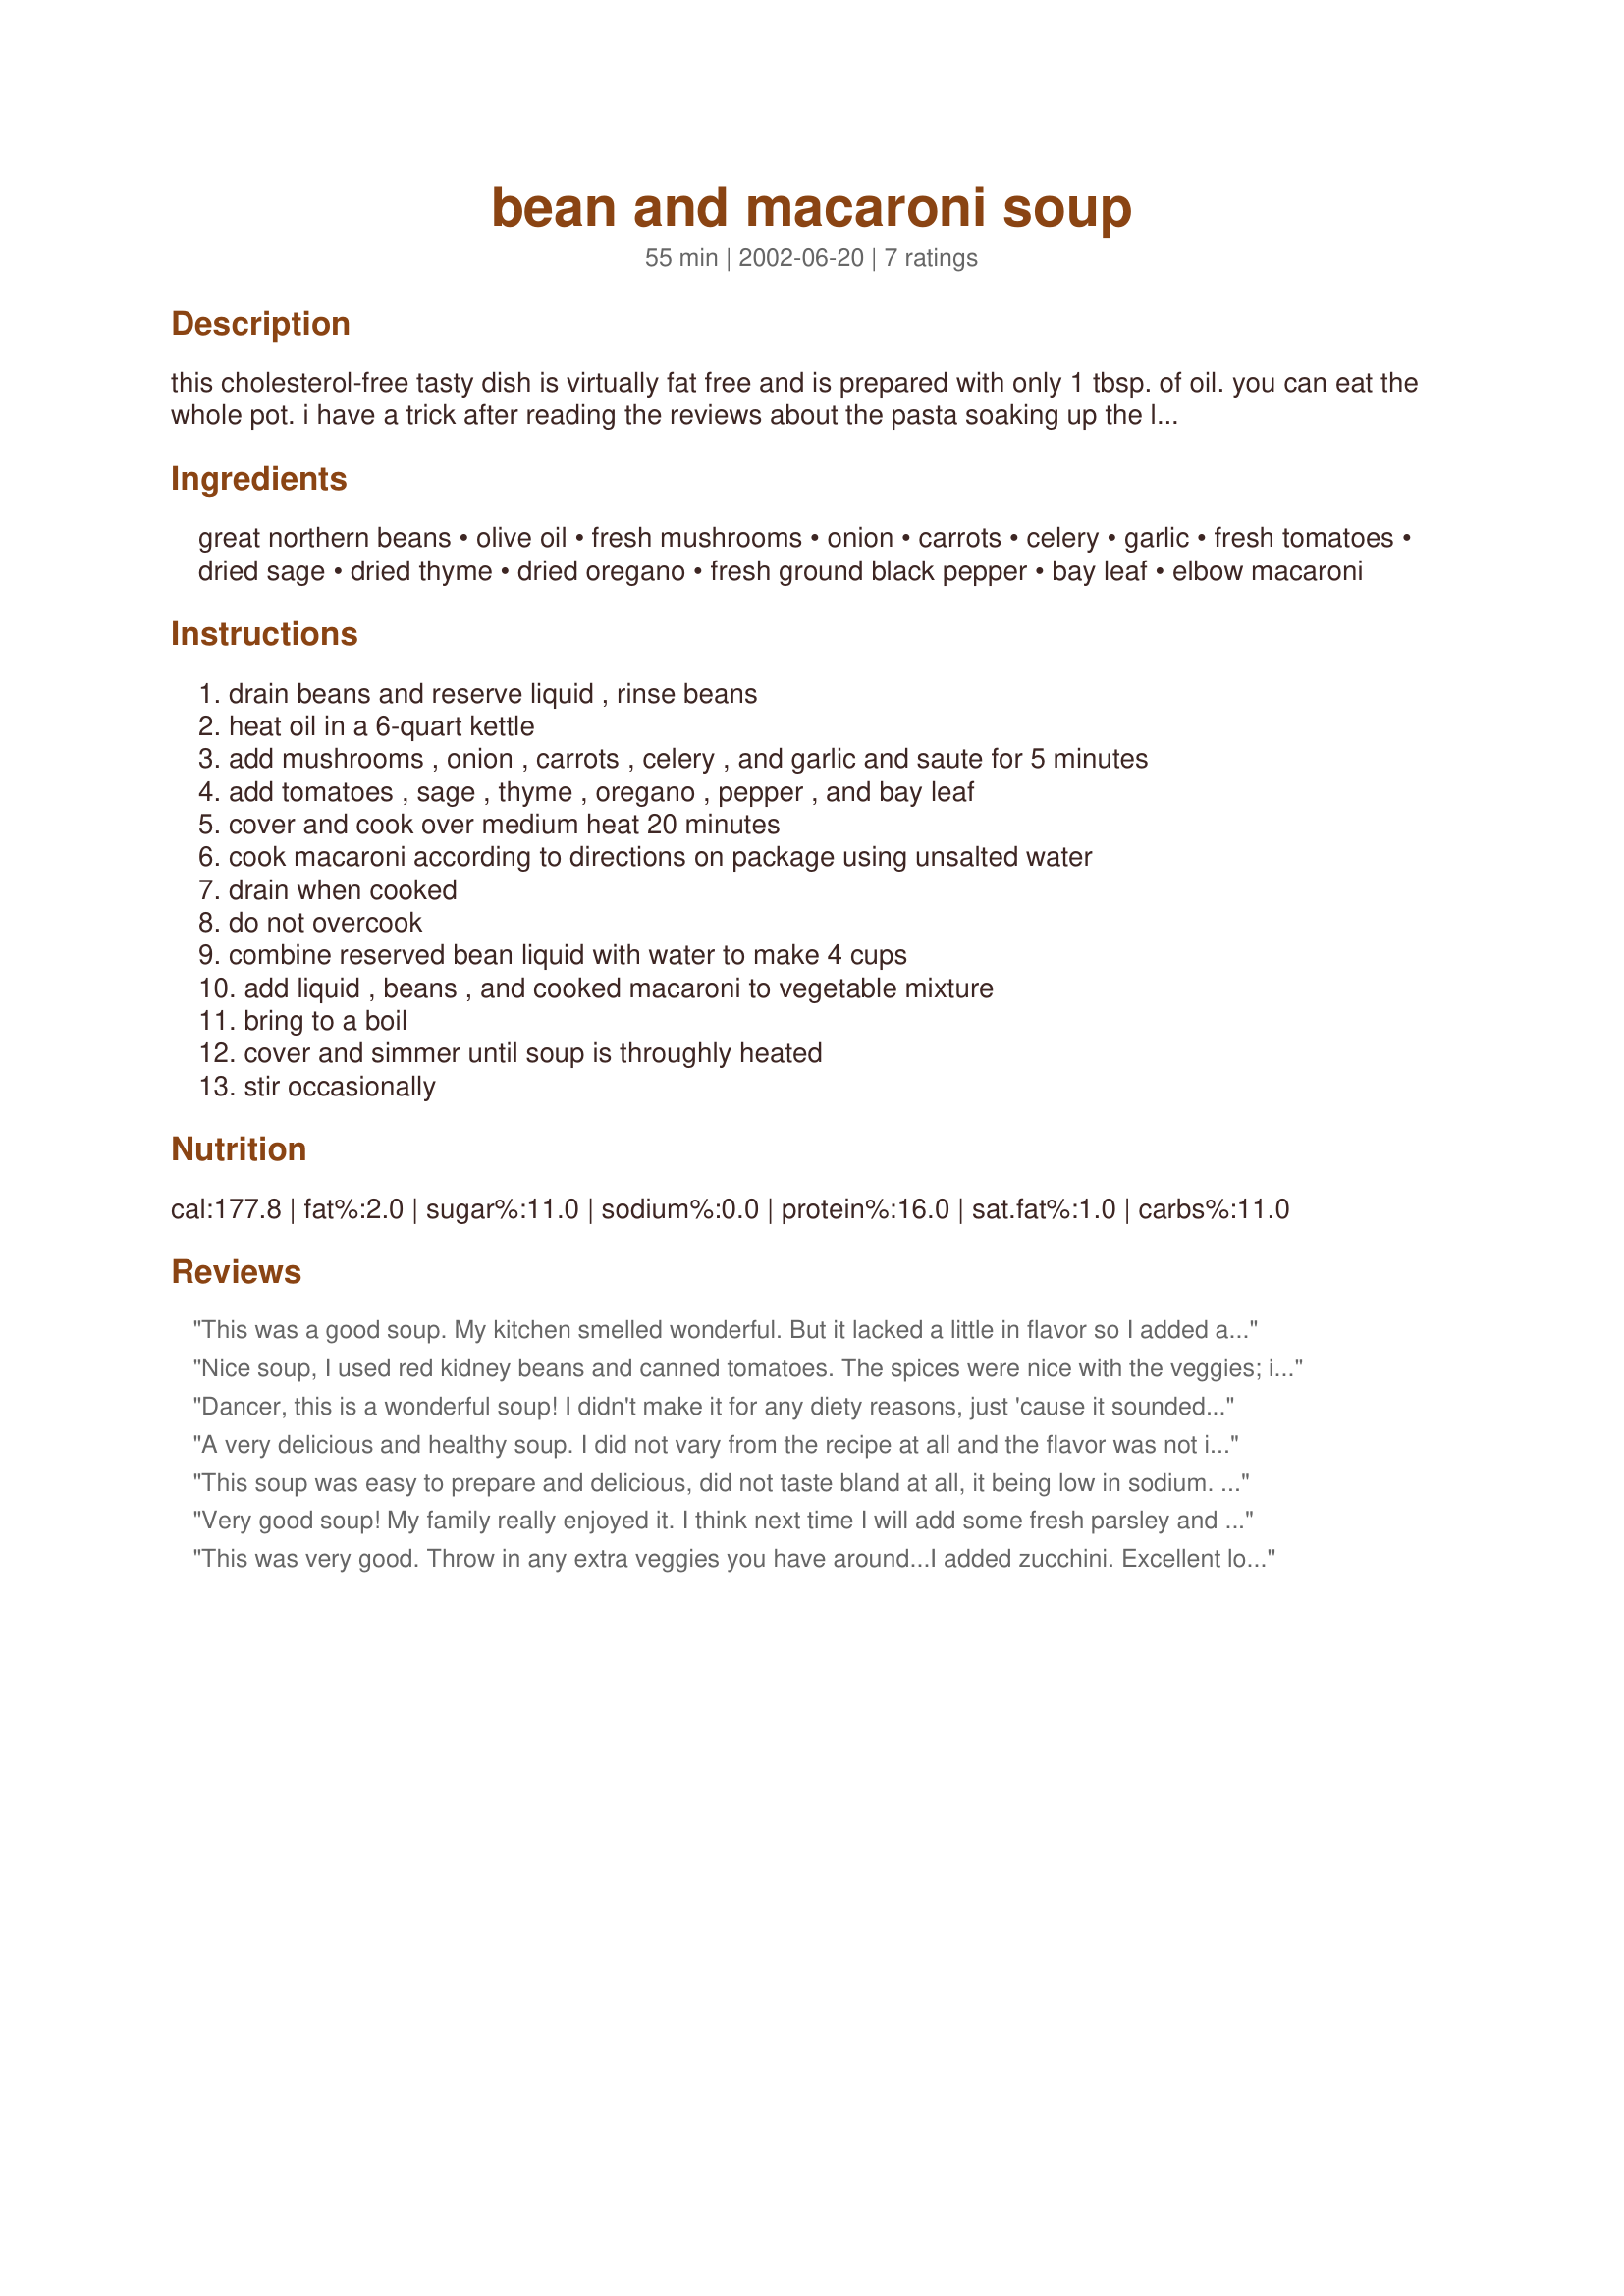
bean and macaroni soup
Preparation time: 55 minutes

this cholesterol-free tasty dish is virtually fat free and is prepared with only 1 tbsp. of oil. you can eat the whole pot. i have a trick after reading the reviews about the pasta soaking up the liquid. cook the pasta seperate and drain put in a bowl next to the soup for serving. put 2 or three good size spoonfuls in bottom of bowl then ladle the soup over it. thats how i do it with pasta and rice soups.

Ingredients:
great northern beans, olive oil, fresh mushrooms, onion, carrots, celery, garlic, fresh tomatoes, dried sage, dried thyme, dried oregano, fresh ground black pepper, bay leaf, elbow macaroni

Steps:
drain beans and reserve liquid , rinse beans, heat oil in a 6-quart kettle, add mushrooms , onion , carrots , celery , and garlic and saute for 5 minutes, add tomatoes , sage , thyme , oregano , pepper , and bay leaf, cover and cook over medium heat 20 minutes, cook macaroni according to directions on package using unsalted water, drain when cooked, do not overcook, combine reserved bean liquid with water to make 4 cups, add liquid , beans , and cooked macaroni to vegetable mixture, bring to a boil, cover and simmer until soup is throughly heated, stir occasionally

Reviews:
This was a good soup. My kitchen smelled wonderful. But it lacked a little in flavor so I added a little tabasco sauce. Next time I will only use half the macaroni as it took over the whole pot...way too much. All in all it was easy to make and I usually have most of the ingredients on hand.
Nice soup, I used red kidney beans and canned tomatoes. The spices were nice with the veggies; it made a good hearty lunch, thanks for sharing.
Dancer, this is a wonderful soup! I didn't make it for any diety reasons, just 'cause it sounded good and it surely was. I did use 2 cloves of garlic. I used can tomatoes and used the juice from them with the bean juice before adding the water to make 4 cups, just to add the extra flavor. I also added 2 Tbls. of red wine vinegar once the soup was heated through. For pasta, I used a variety of elbows, small shells and ditalini just to give it a little change up and flair. I also threw in some diced left over cooked kielbasa that I had in the refrigerator. When I reheated the left-overs the next day, I added some canned diced tomatoes with their liquid and it was wonderful. It put just the right amount of liquid back into the soup since so much had been absorbed by the pasta. Thanks for sharing such a great recipe to add to my soup collection. It's very similar to a Quick Pasta Fagioli recipe that I will be posting soon, check it out! Again thanks Dancer. Tweeky/a.k.a. Judi
A very delicious and healthy soup. I did not vary from the recipe at all and the flavor was not in the least bit bland. I chose to use fresh tomatoes instead of canned. I did have to add tomato juice to the soup the next day because as others have said, the liquid disappeared thanks to the noodles. Thanks Dancer^ for a delicious healthy soup recipe.
This soup was easy to prepare and delicious, did not taste bland at all, it being low in sodium. I made the soup with only 2 cups of macaroni rather than 4, but found that the broth was soaked up by the pasta. Next time I add only 1 cup of pasta, but the taste is wonderful and the soup was very filling. On a Weight Watchers point plan, 1 cup amounts to 3 points. Thanks, I will make this again!
Very good soup! My family really enjoyed it. I think next time I will add some fresh parsley and spinach.
Thanks for the recipe!
This was very good. Throw in any extra veggies you have around...I added zucchini. Excellent low fat, low cal, AND low salt soup. Thanks for posting!
